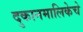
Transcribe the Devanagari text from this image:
दुकानमालिकेचे